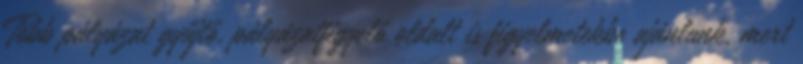
Több pályázat gyűjtő, pályázatfigyelő oldalt is figyelmetekbe ajánlunk, mert